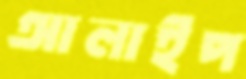
আলাইপ